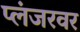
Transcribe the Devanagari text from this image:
प्लंजरवर